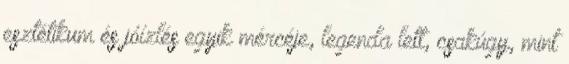
esztétikum és jóízlés egyik mércéje, legenda lett, csakúgy, mint